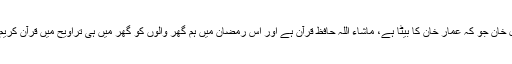
بڑا پوتا طلال خان جو کہ عمار خان کا بیٹا ہے، ماشاء اللہ حافظ قرآن ہے اور اس رمضان میں ہم گھر والوں کو گھر میں ہی تراویح میں قرآن کریم سنا رہا ہے۔